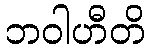
ဘဝါဟီတိ